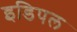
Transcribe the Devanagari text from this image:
इडिपल